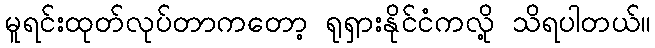
မူရင်းထုတ်လုပ်တာကတော့ ရုရှားနိုင်ငံကလို့ သိရပါတယ်။